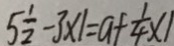
5 \frac { 1 } { 2 } - 3 \times 1 = a + \frac { 1 } { 4 } \times 1